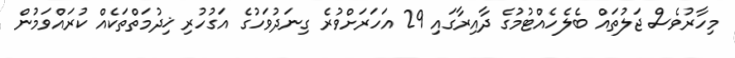
މިހާރުވެސް ޖަލުތައް ބެލެހެއްޓުމުގެ ދާއިރާގައި 29 އަހަރަށްވުރެ ގިނަދުވަހުގެ އަގުހުރި ޚިދުމަތްތަކެއް ކުރައްވަމުން